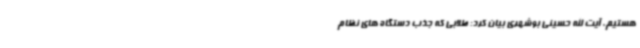
هستیم. آیت الله حسینی بوشهری بیان کرد: طلابی که جذب دستگاه های نظام